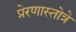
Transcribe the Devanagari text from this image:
प्रेरणास्तोत्रे